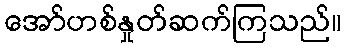
အော်ဟစ်နှုတ်ဆက်ကြသည်။